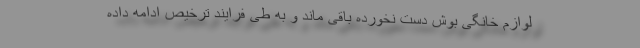
لوازم خانگی بوش دست نخورده باقی ماند و به طی فرایند ترخیص ادامه داده